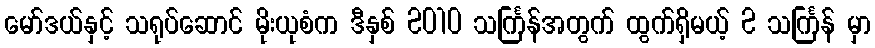
မော်ဒယ်နှင့် သရုပ်ဆောင် မိုးယုစံက ဒီနှစ် 2010 သင်္ကြန်အတွက် ထွက်ရှိမယ့် 2 သင်္ကြန် မှာ